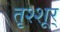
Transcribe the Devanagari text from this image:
तृश्शूर्